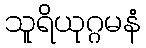
သူရိယုဂ္ဂမနံ